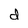
Character: d